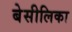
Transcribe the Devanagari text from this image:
बेसीलिका